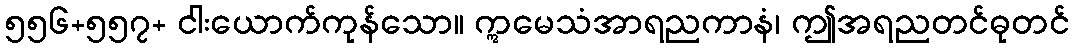
၅၅၆+၅၅၇+ ငါးယောက်ကုန်သော။ ဣမေသံအာရညကာနံ၊ ဤအရညတင်ဓုတင်